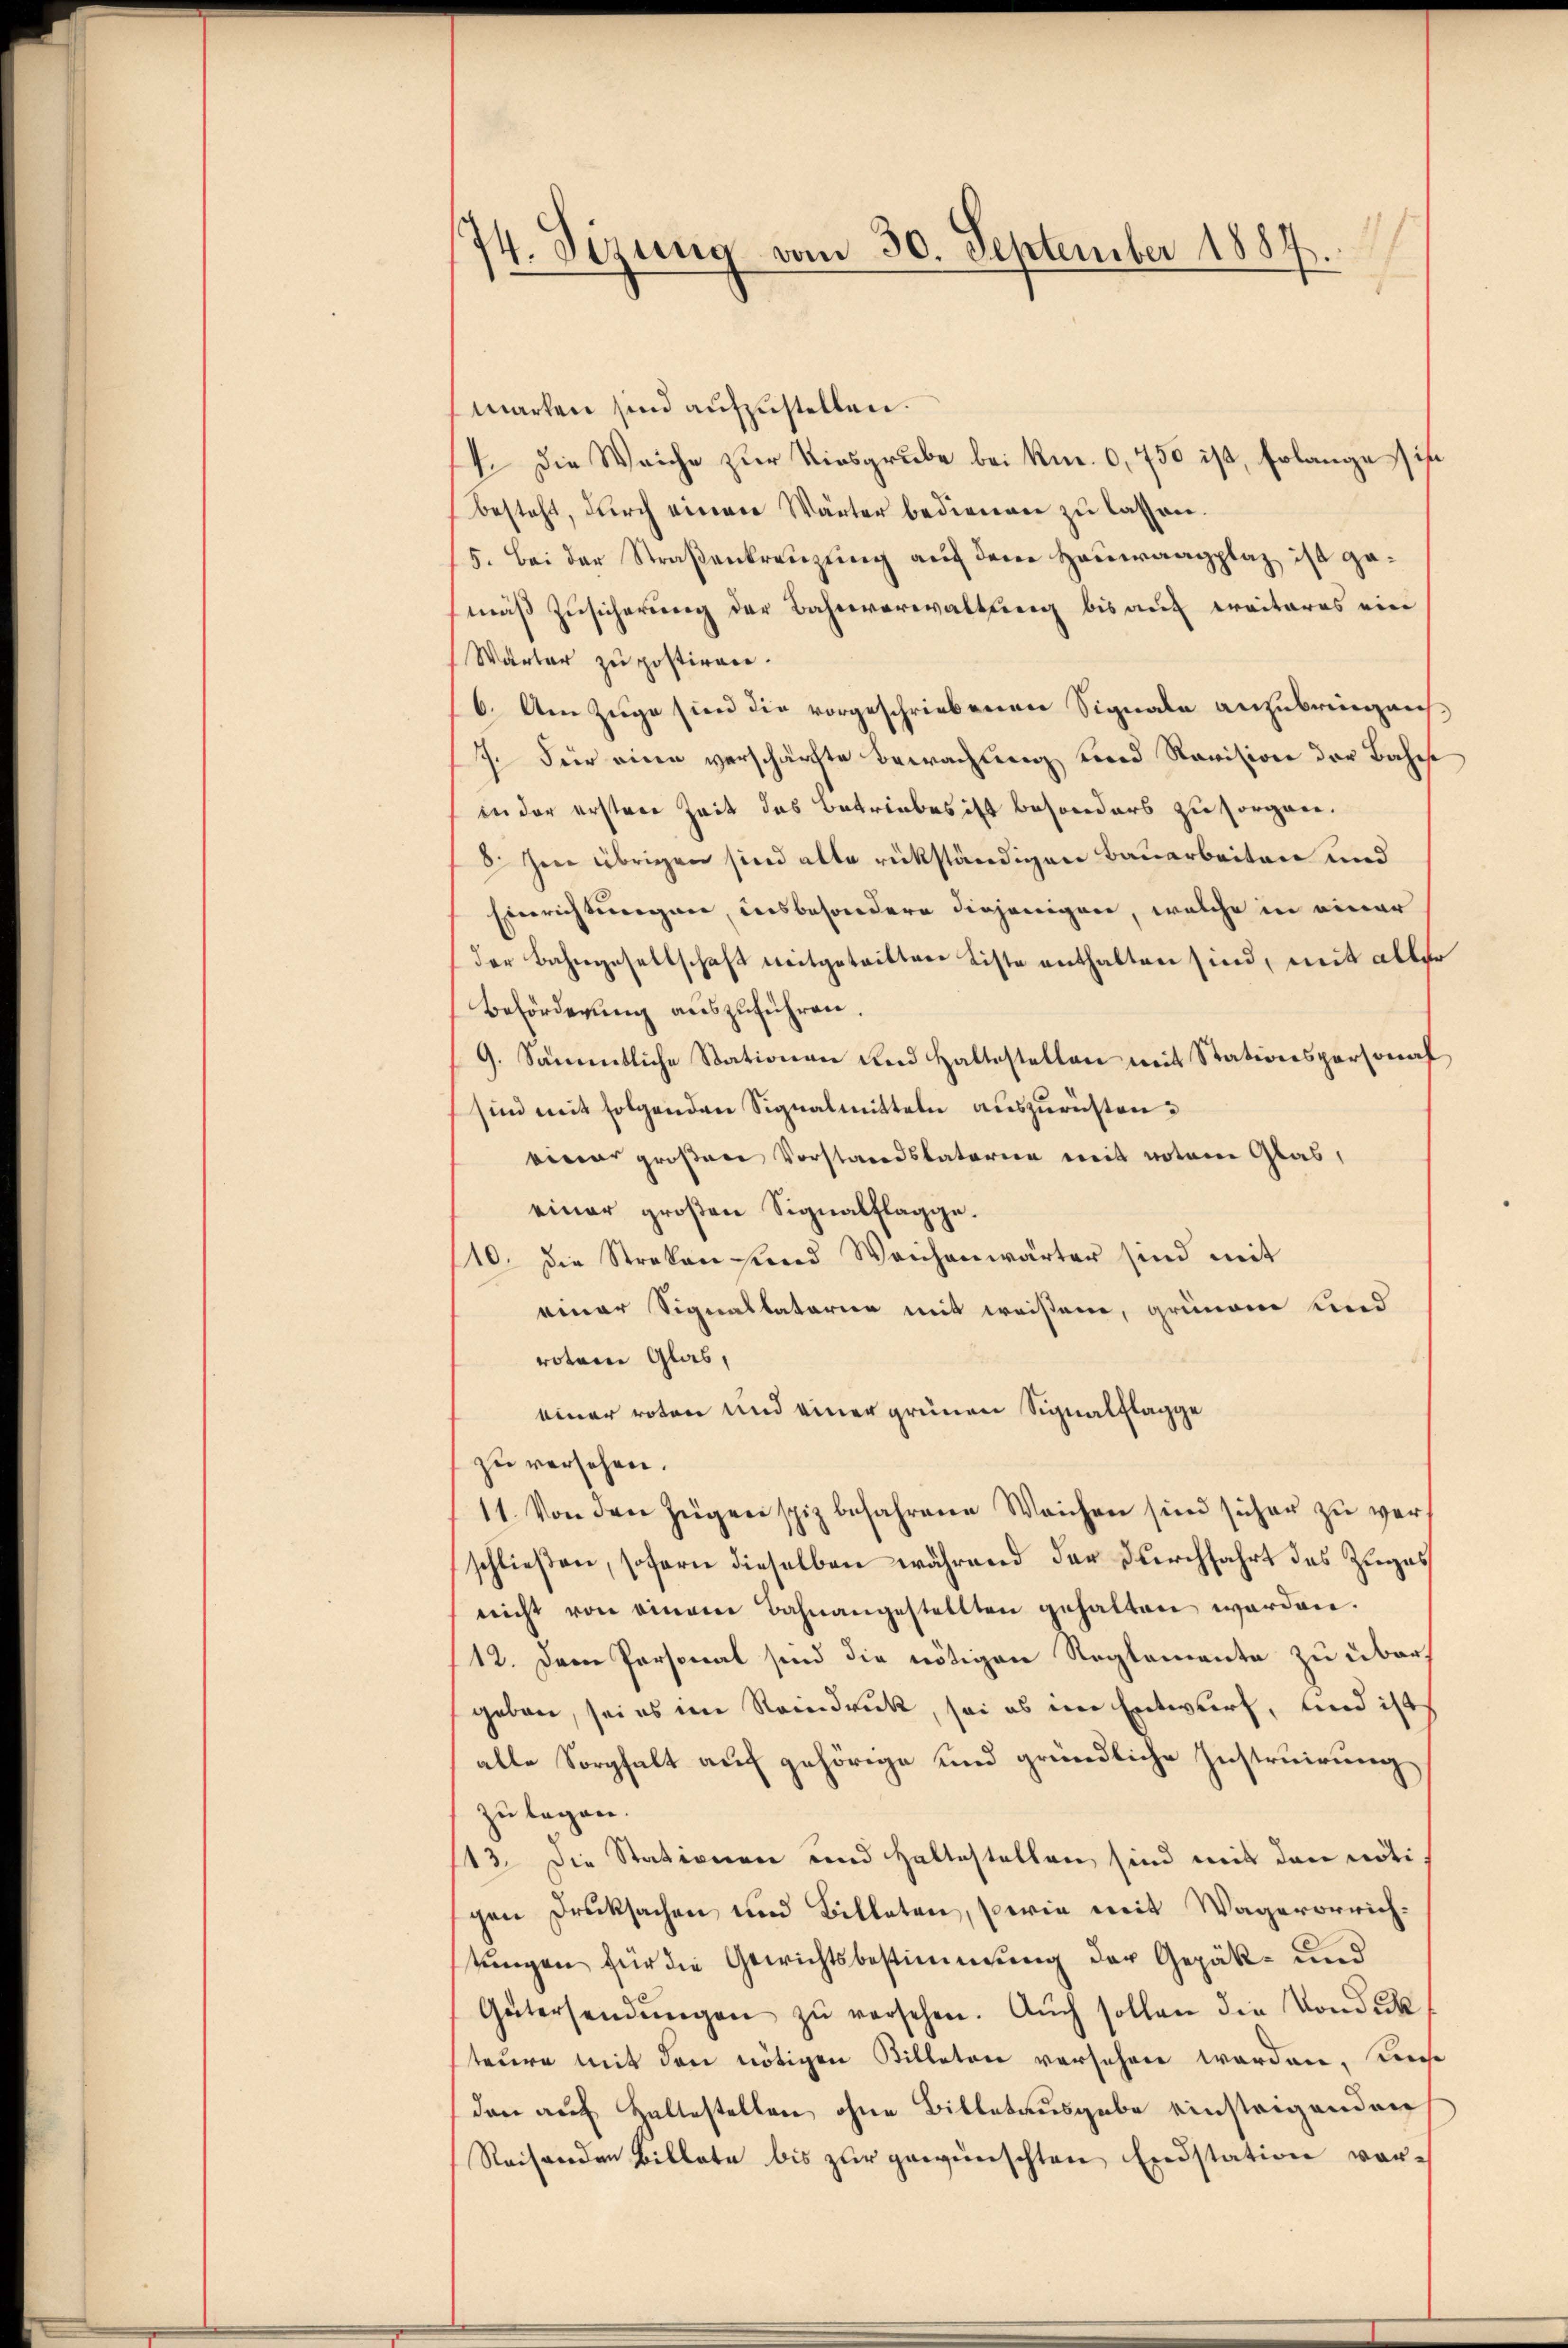
74. Sizung vom 30. September 1884.

marten sind aufzustellen.
4. Die Weiche zur Kiesgrube bei Kr. 0,750 ist, Erlange ihn
besteht, durch einer Wärter bedienen zu lassen.
5. Bei der Straßenkreuzung auf dem Hausraagplaz ist gemäß Zusicherung der Bahnverwaltung bis auf ereiteres ein
Warter zu postiren.
6. Am Zuge sind die vorgeschriebenen Signale anzubringen
7. Für eine verschärfte Bewachung und Revision der Bahnst
in der erstrer Zeit das Betriebes ist besonders zu sorgen.
8. Im übrigen sind alte rückständigen Bauarbeiten und
Einrichtungen, insbesondere diejenigen, welche in einer
der Bahngesellschaft mitgetritten Liste enthalten sind, mit aller
Beförderung auszuführen.
9. Sämmtliche Stationen und Haltestellen mit Stationspersonaf
sind mit folgenden Signalmitteln auszurüsten.
einer großen Vorstandstatorien mit notar Glas,
einer großen Signalflagge.
110. Die Streken und Weichenwärter sind mit
einer Signallatorier mit weisen, gründe Kind
rotem Glas,
einer roten und einer grünen Signalflagge
zu versehen.
11. Von den Zügenspiz befahrene Weichen sind sicher zu vers
schließen, sofern dieselben während der Durchfahrt des Zuges
neicht von einem Bahnangestellten gehalten werden.
12. Dem Personat sind die nötigen Reglemente zu über
geben, sei es im Reindruck, sei es im Entwurf, und ist
alle Sorgfalt auf gehörige und gründliche Instruirung
zu legen.
/13. Die Stationen und Haltestellen sind mit den nöti
gen Drucksachen und Billeten, sowie mit Wagerorrichtungen für die Gewichtsbestimmung der Gepäk- und
Gütersendŭngen zŭ versehen. Aŭch sollen die Vordeck
teure mit den nötigen Billeten versehen worden, diese
den auf Haltestellen ohne Billetausgabe einsteigenden
Reisenden Billate bis zur gewünschten Erdstation vor-